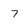
Character: 7